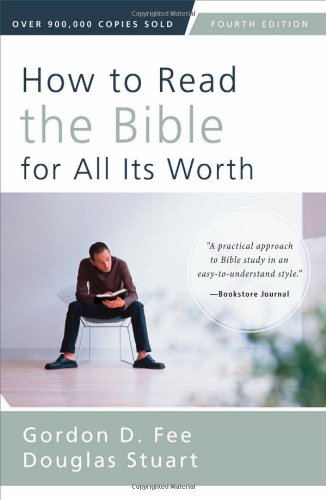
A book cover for How to Read the Bible for All Its Worth: Fourth Edition; Gordon D. Fee; Christian Books & Bibles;